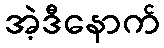
အဲ့ဒီနောက်